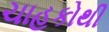
ચાહકોથી